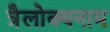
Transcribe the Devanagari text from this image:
त्रैलोक्यनाम